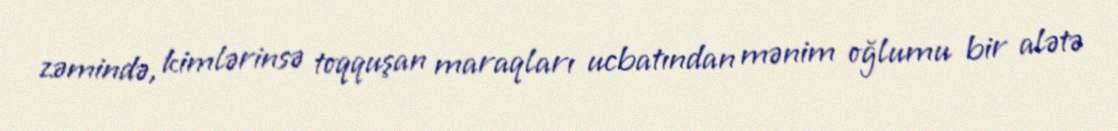
zəmində, kimlərinsə toqquşan maraqları ucbatından mənim oğlumu bir alətə